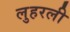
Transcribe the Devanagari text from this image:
लुहरली